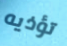
تؤذيه